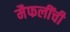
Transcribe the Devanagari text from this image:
मैफलींची